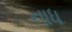
નાધ